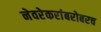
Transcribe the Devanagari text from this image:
नेवरेकरांबरोबरच